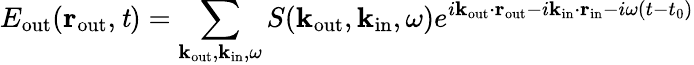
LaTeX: E_{\mathrm{out}}({\mathbf r}_{\mathrm{out}},\mathit t)=\sum_{\mathbf k_{\mathrm{out}},\mathbf k_{\mathrm{in}},\omega}S({\mathbf k}_{\mathrm{out}},{\mathbf k}_{\mathrm{in}},\omega)e^{i{\mathbf k}_{\mathrm{out}}\cdot{\mathbf r}_{\mathrm{out}}-i{\mathbf k}_{\mathrm{in}}\cdot{\mathbf r}_{\mathrm{in}}-i\omega(t-t_{0})}